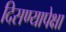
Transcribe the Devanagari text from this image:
दिसण्यापेक्षा